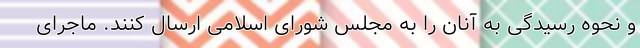
و نحوه رسیدگی به آنان را به مجلس شورای اسلامی ارسال کنند. ماجرای